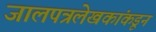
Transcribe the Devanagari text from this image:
जालपत्रलेखकांकडून